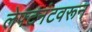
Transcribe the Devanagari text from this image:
लेफ्टनंटवरून